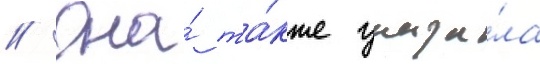
// Она́ та́кже указа́ла